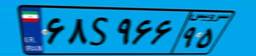
۶۰S۰۷۰۹۱